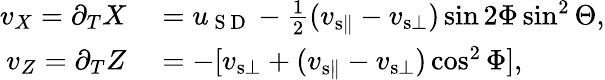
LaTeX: \begin{array}{rl}{v_{X}=\partial_{T}X}&{{}=u_{\mathrm{~S~D~}}-\frac{1}{2}(v_{{\mathrm{s}}\parallel}-v_{{\mathrm{s}}\bot})\sin 2\Phi\sin^{2}\Theta,}\\ {v_{Z}=\partial_{T}Z}&{{}=-[v_{{\mathrm{s}}\bot}+(v_{{\mathrm{s}}\parallel}-v_{{\mathrm{s}}\bot})\cos^{2}\Phi],}\end{array}